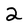
Character: 2